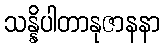
သန္နိပါတာနုဇာနနာ